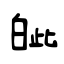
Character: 皉